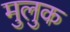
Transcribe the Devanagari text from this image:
मुलुक